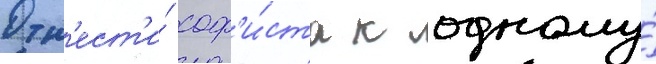
Отн'ест'и́ соф'и́ста к одному́